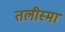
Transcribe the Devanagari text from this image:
तलीस्‍मा